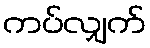
ကပ်လျှက်